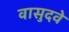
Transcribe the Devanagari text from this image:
वासुदवे